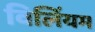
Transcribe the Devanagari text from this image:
विलिंयम